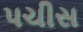
પચીસ